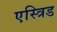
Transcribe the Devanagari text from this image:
एस्त्रिड